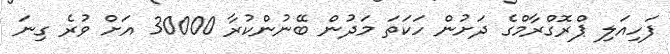
ފަހިއަލި ޕްރޮގްރާމްގެ ދަށުން ހަކަތަ މަދުން ބޭނުންކުރާ 30000 އަށް ވުރެ ގިނަ